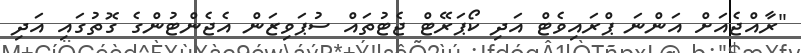
"ރާއްޖެއަށް އަންނަ ޕްރައިވެޓް އަދި ކޯޕަރޭޓް ޖެޓުތައް ސުޕަވިޒަން އެޖެންޓުންގެ ގޮތުގައި އަދި